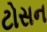
ટોસન